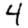
Digit: 4